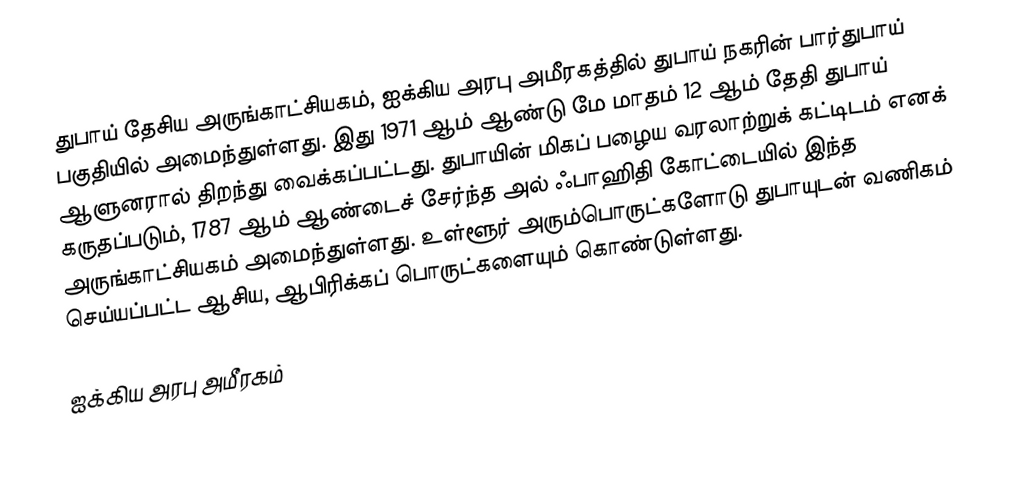
துபாய் தேசிய அருங்காட்சியகம், ஐக்கிய அரபு அமீரகத்தில் துபாய் நகரின் பார்துபாய் பகுதியில் அமைந்துள்ளது. இது 1971 ஆம் ஆண்டு மே மாதம் 12 ஆம் தேதி துபாய் ஆளுனரால் திறந்து வைக்கப்பட்டது. துபாயின் மிகப் பழைய வரலாற்றுக் கட்டிடம் எனக் கருதப்படும், 1787 ஆம் ஆண்டைச் சேர்ந்த அல் ஃபாஹிதி கோட்டையில் இந்த அருங்காட்சியகம் அமைந்துள்ளது. உள்ளூர் அரும்பொருட்களோடு துபாயுடன் வணிகம் செய்யப்பட்ட ஆசிய, ஆபிரிக்கப் பொருட்களையும் கொண்டுள்ளது.

ஐக்கிய அரபு அமீரகம்